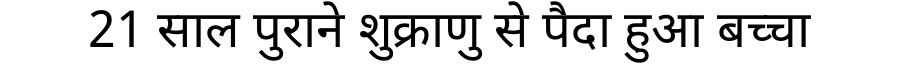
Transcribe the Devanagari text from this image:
21 साल पुराने शुक्राणु से पैदा हुआ बच्चा